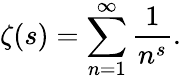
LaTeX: \zeta(s)=\sum_{n=1}^{\infty}{\frac{1}{n^{s}}}.